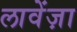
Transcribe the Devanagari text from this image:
लावेंज़ा